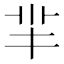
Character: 羋